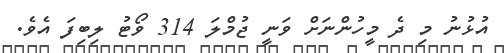
އުޅުނު މި ދެ މީހުންނަށް ވަނީ ޖުމްލަ 314 ވޯޓު ލިބިފަ އެވެ.